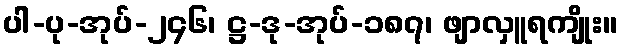
ပါ-ပု-အုပ်-၂၄၆၊ ဋ္ဌ-ဒု-အုပ်-၁၈၇၊ ဖျာလှူရကျိုး။